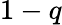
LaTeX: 1-q